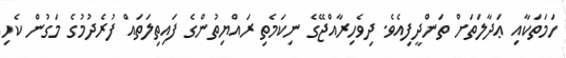
ހަމަތަކާއި ޢަދާލަތަށް ތަންދީފިއެވެ. ދިވެހިރާއްޖޭގެ ނިކަމެތި ރައްޔިތުންގެ ފައިތިލަތައް ފުރެދުމުގެ މަގުން ކެހި